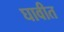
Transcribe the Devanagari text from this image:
घावीत